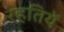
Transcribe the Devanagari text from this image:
रहतियें